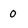
Character: 0